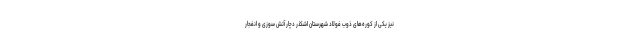
نیز یکی از کوره‌های ذوب فولاد شهرستان اشکذر دچار آتش سوزی و انفجار